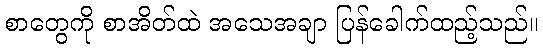
စာတွေကို စာအိတ်ထဲ အသေအချာ ပြန်ခေါက်ထည့်သည်။